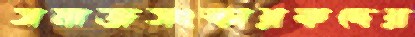
সমাজসংস্কারকদের